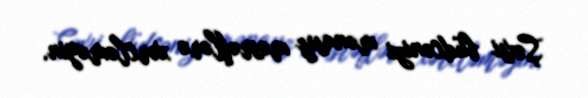
Şəxsi büdcənizi mənasız məsrəflərə xərcləməyin.